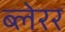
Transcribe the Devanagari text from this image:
ब्लेरर